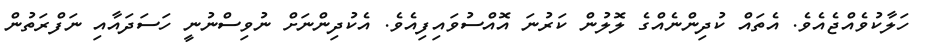
ހަލާކުވެއްޖެއެވެ. އެތައް ކުދިންނެއްގެ ލޮލުން ކަރުނަ އޮއްސުވައިފިއެވެ. އެކުދިންނަށް ނުވިސްނުނީ ހަސަދައާއި ނަފްރަތުން